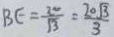
B E = \frac { 2 0 } { \sqrt { 3 } } = \frac { 2 0 \sqrt { 3 } } { 3 }